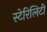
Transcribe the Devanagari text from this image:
स्टेरिलिटी